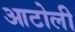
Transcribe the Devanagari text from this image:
आटोली